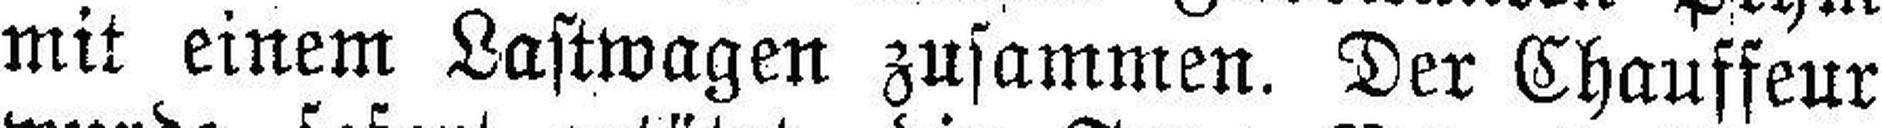
mit einem Lastwagen zusammen. Der Chauffeur